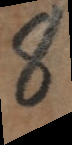
8